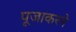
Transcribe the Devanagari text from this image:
पूजाकरने